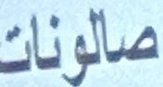
صالونات